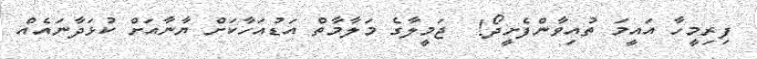
ފިރިމީހާ އައީމަ ތުއިވާންފެށީދޯ!  ޖަމީލާގެ މަލާމާތް އަޑުއަހާކަށް ޔާނާއަށް ކުޅަދާނައެއް